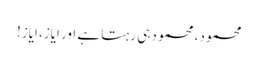
محمود، محمود ہی رہتا ہے اور ایاز، ایاز!